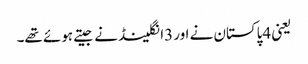
یعنی 4پاکستان نے اور 3انگلینڈ نے جیتے ہوئے تھے۔